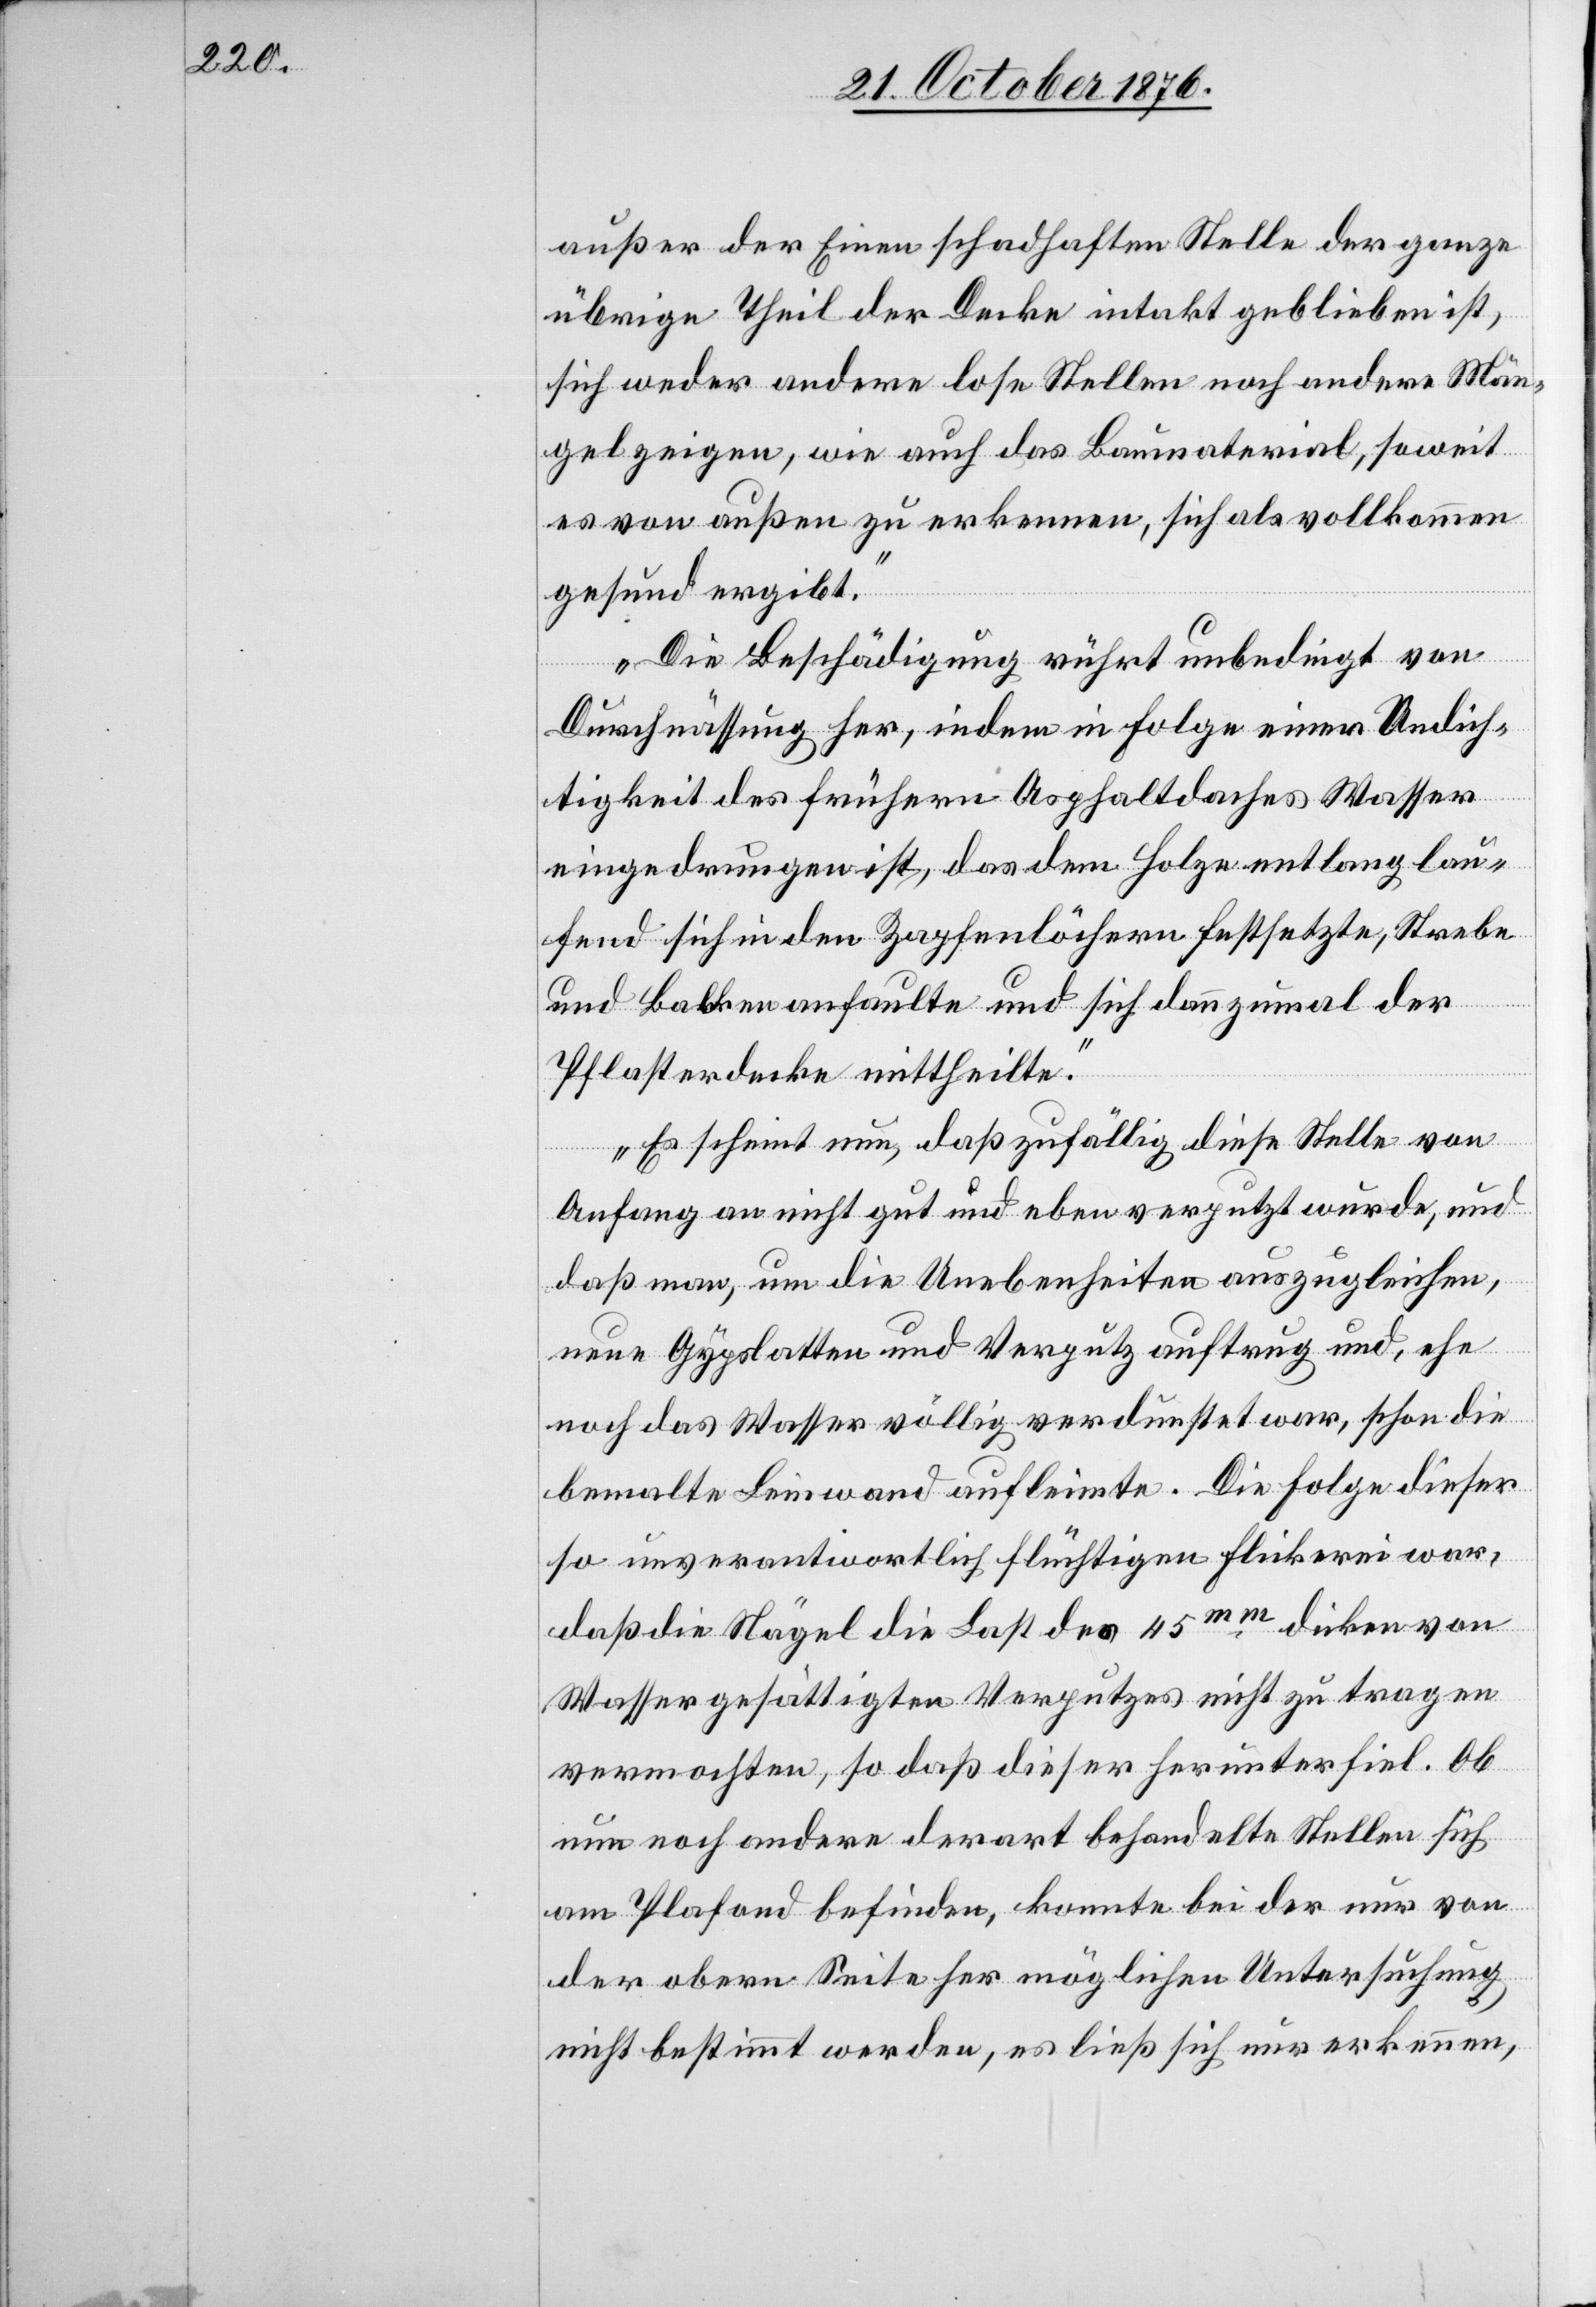
außer der Einen schadhaften Stelle der ganze
übrige Theil der Decke intakt geblieben ist,
sich weder andere lose Stellen noch andere Män¬
gel zeigen, wie auch das Baumaterial, soweit
es von außen zu erkennen, sich als vollkommen
gesund ergibt.
Die Beschädigung rührt unbedingt von
Durchnässung her, indem in Folge einer Undich¬
tigkeit des frühern Asphaltdaches Wasser
eingedrungen ist, das dem Holze entlang lau¬
fend sich in den Zapfenlöchern festsetzte, Strebe
und Balken anfaulte und sich dannzumal der
Pflasterdecke mittheilte.
Es scheint nun, daß zufällig diese Stelle von
Anfang an nicht gut und eben verputzt wurde, und
daß man, um die Unebenheiten auszugleichen,
neue Gypslatten und Verputz auftrug und, ehe
noch das Wasser völlig verdunstet war, schon die
bemalte Leinwand aufleimte. Die Folge dieser
so unverantwortlich flüchtigen Flickerei war,
daß die Nägel die Last des 45mm dicken von
Wasser gesättigten Verputzes nicht zu tragen
vermochten, so daß dieser herunter fiel. Ob
nun noch andere derart behandelte Stellen sich
am Plafond befinden, konnte bei der nur von
der obern Seite her möglichen Untersuchung
nicht bestimmt werden, es ließ sich nur erkennen,